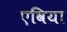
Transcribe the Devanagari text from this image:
एविया